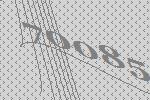
70085